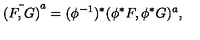
{ \bar { ( F , G ) } } ^ { a } = ( \phi ^ { - 1 } ) ^ { * } ( \phi ^ { * } F , \phi ^ { * } G ) ^ { a } ,